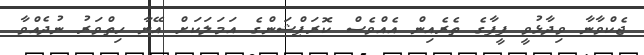
ޖެކްވާނާ ވިދާޅުވީ ފީފާގެ ތެރެއިން އެއްވެސް ކޮރަޕްޝަންގެ އަމަލަކަށް އޭނާ ހިތްވަރު ނުދެއްވާ